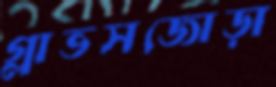
গ্লাভসজোড়া